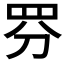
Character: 𱺺